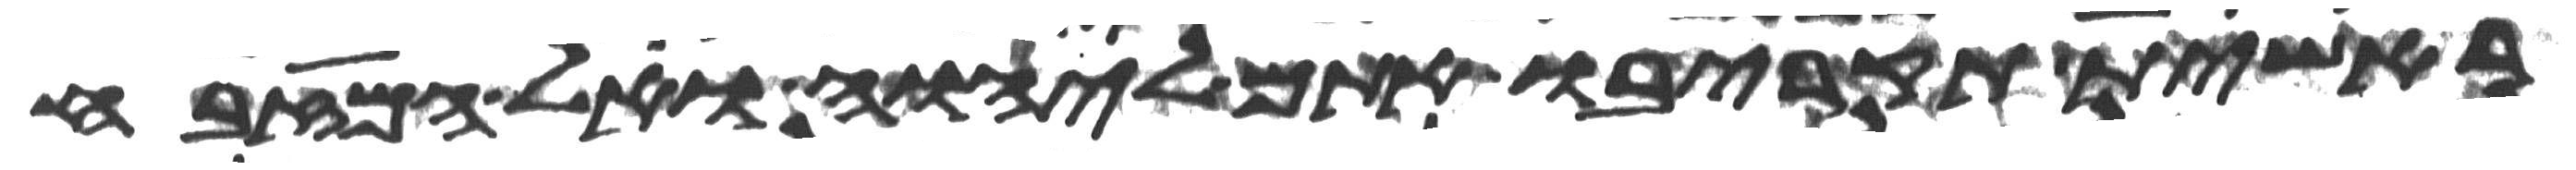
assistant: ראשית תקריבו אתם ליהוה ואל המזבח